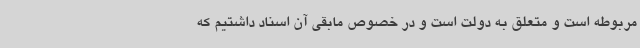
مربوطه است و متعلق به دولت است و در خصوص مابقی آن اسناد داشتیم که